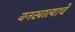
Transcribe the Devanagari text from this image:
वनखात्याचे